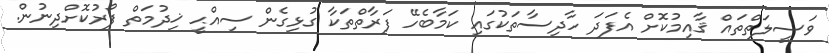
ވަސީލަތްތައް ޤާއިމުކޮށް އެފަދަ ހާދިސާތަކުގައި ކަމާބެހޭ ފަރާތްތަކާ ގުޅިގެން ސިއްޙީ ޚިދުމަތް ފޯރުކޮށްދިނުން.